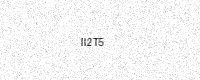
Text: II2T5